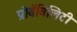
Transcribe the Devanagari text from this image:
प्रोबॅबिलिटी